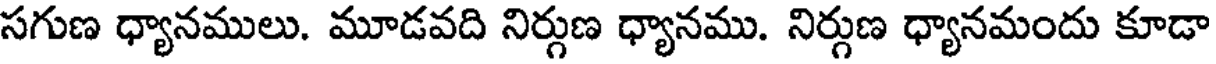
సగుణ ధ్యానములు. మూడవది నిర్గుణ ధ్యానము. నిర్గుణ ధ్యానమందు కూడా